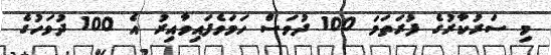
މި ސަރުކާރުގެ ފުރަތަމަ 100 ދުވަސް ހަމަވެފައިވާއިރު އެ 100 ދުވަހުގެ